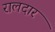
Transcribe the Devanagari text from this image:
रालदार